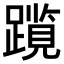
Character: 𫏠